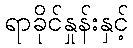
ရာခိုင်နှုန်းနှင့်